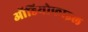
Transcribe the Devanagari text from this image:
ऑडियोफाइल